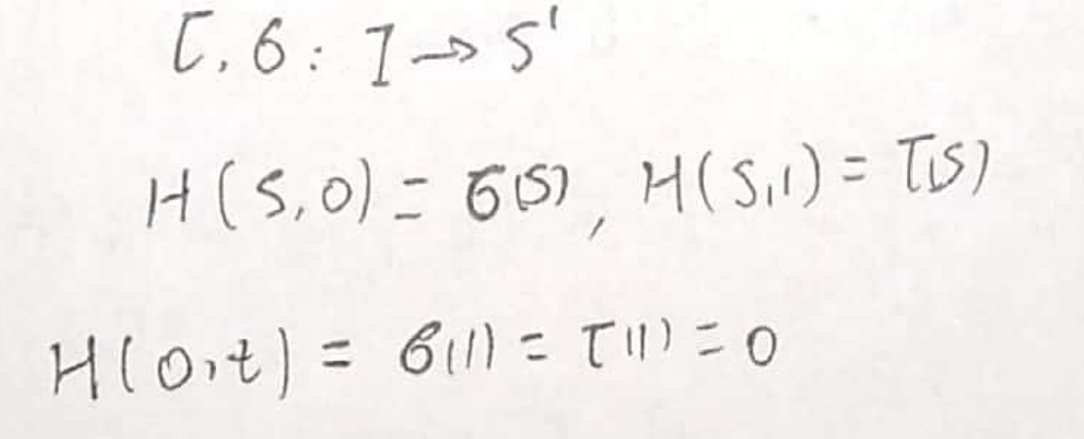
\[
\begin{align*}
C.6: I \to S'\\
H(S,0) &= \delta(S), H(S,1) = T(S)\\
H(0,t) &= \delta(1) = T(1) = 0
\end{align*}
\]